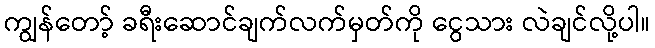
ကျွန်တော့် ခရီးဆောင်ချက်လက်မှတ်ကို ငွေသား လဲချင်လို့ပါ။